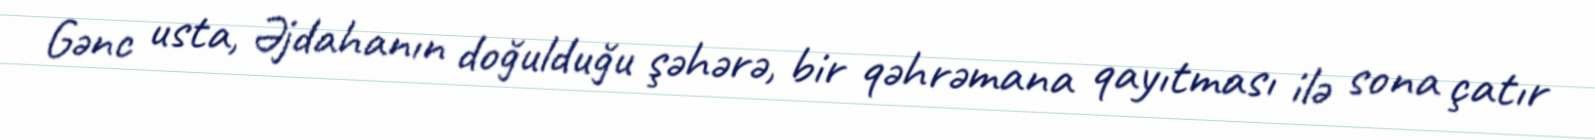
Gənc usta, Əjdahanın doğulduğu şəhərə, bir qəhrəmana qayıtması ilə sona çatır